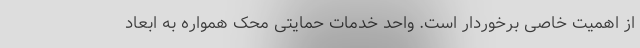
از اهمیت خاصی برخوردار است. واحد خدمات حمایتی محک همواره به ابعاد